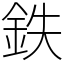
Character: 鉄